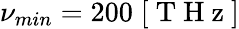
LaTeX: \nu_{min}=200\; [\mathrm{~T~H~z~}]